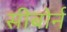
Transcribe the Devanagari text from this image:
सीबोर्न